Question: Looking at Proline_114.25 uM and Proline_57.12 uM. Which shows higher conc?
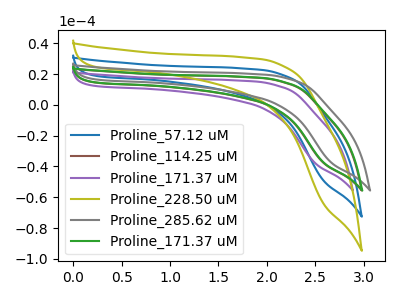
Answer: <think>The blue curve "Proline_57.12 uM" has no peaks. The brown curve "Proline_114.25 uM" has no peaks. The purple curve "Proline_171.37 uM" has no peaks. The olive curve "Proline_228.50 uM" has no peaks. The gray curve "Proline_285.62 uM" has no peaks. The green curve "Proline_171.37 uM" has no peaks.
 Neither "Proline_114.25 uM" or "Proline_57.12 uM" have any peaks.</think>
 <answer>I cant tell if "Proline_114.25 uM" or "Proline_57.12 uM" has higher concentration.</answer>
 <eval>mixed_concentration</eval>